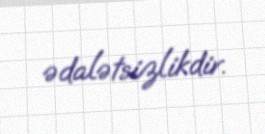
ədalətsizlikdir.